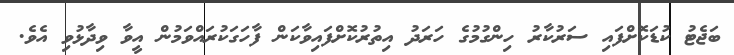
ބަޖެޓު ކުޑަކޮށްފައި ސަރުކާރު ހިންގުމުގެ ހަރަދު އިތުރުކޮށްފައިވާކަން ފާހަގަކުރައްވަމުން އީވާ ވިދާޅުވި އެވެ.